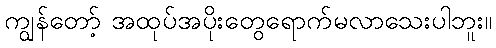
ကျွန်တော့် အထုပ်အပိုးတွေရောက်မလာသေးပါဘူး။